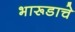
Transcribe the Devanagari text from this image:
भारूडाचे